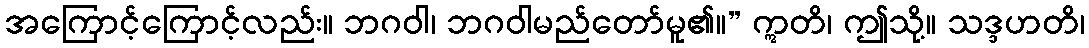
အကြောင့်ကြောင့်လည်း။ ဘဂဝါ၊ ဘဂဝါမည်တော်မူ၏။” ဣတိ၊ ဤသို့။ သဒ္ဒဟတိ၊